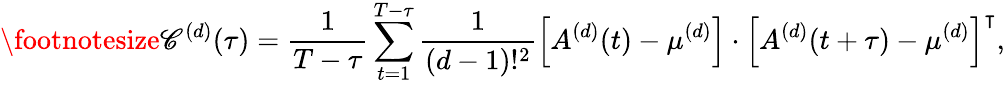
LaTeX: \footnotesize\mathscr{C}^{(d)}(\tau)=\frac{1}{T-\tau}\sum_{t=1}^{T-\tau}\frac{1}{(d-1)!^{2}}\left[A^{(d)}(t)-\mu^{(d)}\right]\cdot\left[A^{(d)}(t+\tau)-\mu^{(d)}\right]^{\intercal},